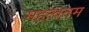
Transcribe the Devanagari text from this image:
महत्वतम